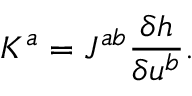
K ^ { a } = J ^ { a b } \frac { \delta h } { \delta u ^ { b } } .